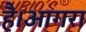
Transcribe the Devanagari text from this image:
है।आगरा